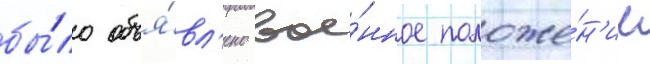
бы́ло объя́вл'ено вое́нное положе́н'ие